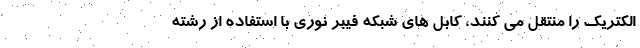
الکتریک را منتقل می کنند، کابل های شبکه فیبر نوری با استفاده از رشته